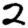
Digit: 2